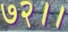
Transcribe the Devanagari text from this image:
७२।।